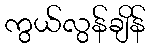
ကွယ်လွန်ချိန်